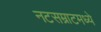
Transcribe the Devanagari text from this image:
नटसम्राटमध्ये